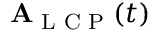
\mathbf { A } _ { \textrm { L C P } } ( t )